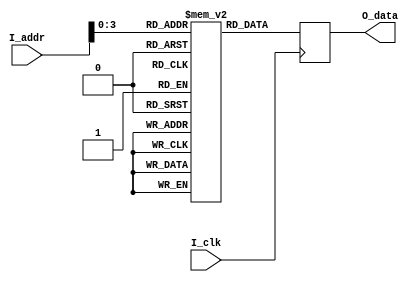
`timescale 1ns / 1ps
//////////////////////////////////////////////////////////////////////////////////
// Company: 
// Engineer: 
// 
// Design Name: 
// Module Name: program_mem
// Project Name: 
// Target Devices: 
// Tool Versions: 
// Description: 
// 
// Dependencies: 
// 
// Revision:
// Revision 0.01 - File Created
// Additional Comments:
// 
//////////////////////////////////////////////////////////////////////////////////


module program_mem(
    input I_clk,
    input [15:0] I_addr,
    output reg [15:0] O_data
    );
    
    reg [15:0] mem[15:0]; // Defining 64 bytes of memory
    
    initial begin
            mem[0] = 16'b0000_0_000_000_001_00;//Ac=Ac+R1
            mem[1] = 16'b0001_0_000_000_001_00;//Ac=Ac-R1
            mem[2] = 16'b0010_0_000_000_001_00;//Ac=Ac|R1
            mem[3] = 16'b0011_0_000_000_001_00;//Ac=Ac&R1
            mem[4] = 16'b0100_0_000_000_001_00;//Ac=Ac^R1
            mem[5] = 16'b0101_0_000_000_001_00;//Ac=Ac
            mem[6] = 16'b0110_0_000_00000100;//Ac=#4H
            mem[7] = 16'b0111_0_100_000_001_00;//R4[0]=Ac>R1,R4[1]=Ac==R1,R4[2]=Ac<R1
            mem[8] = 16'b1000_0_000_000_001_00;//Ac=Ac>>R1
            mem[9] = 16'b1001_0_000_000_001_00;//Ac=Ac<<R1
            mem[10] = 16'b1010_0_001_00000100;//Jump to 00000100 if R1==Ac
            mem[11] = 16'b1011_0_001_00000100;//Jump to 00000100 if R1>Ac
            mem[12] = 16'b1100_0_001_00000100;//Jump to 00000100 if R1<Ac
            mem[13] = 0;
            mem[14] = 0;
            mem[15] = 0;
            
            O_data = 16'b0000000000000000;  
        end
        
         always @(posedge I_clk) begin
               O_data <= mem[I_addr[15:0]];
           end
endmodule